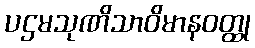
ပဌမသုဏိသာဝိမာနဝတ္ထု